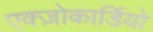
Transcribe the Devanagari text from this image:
एक्ज़ोकार्डियो